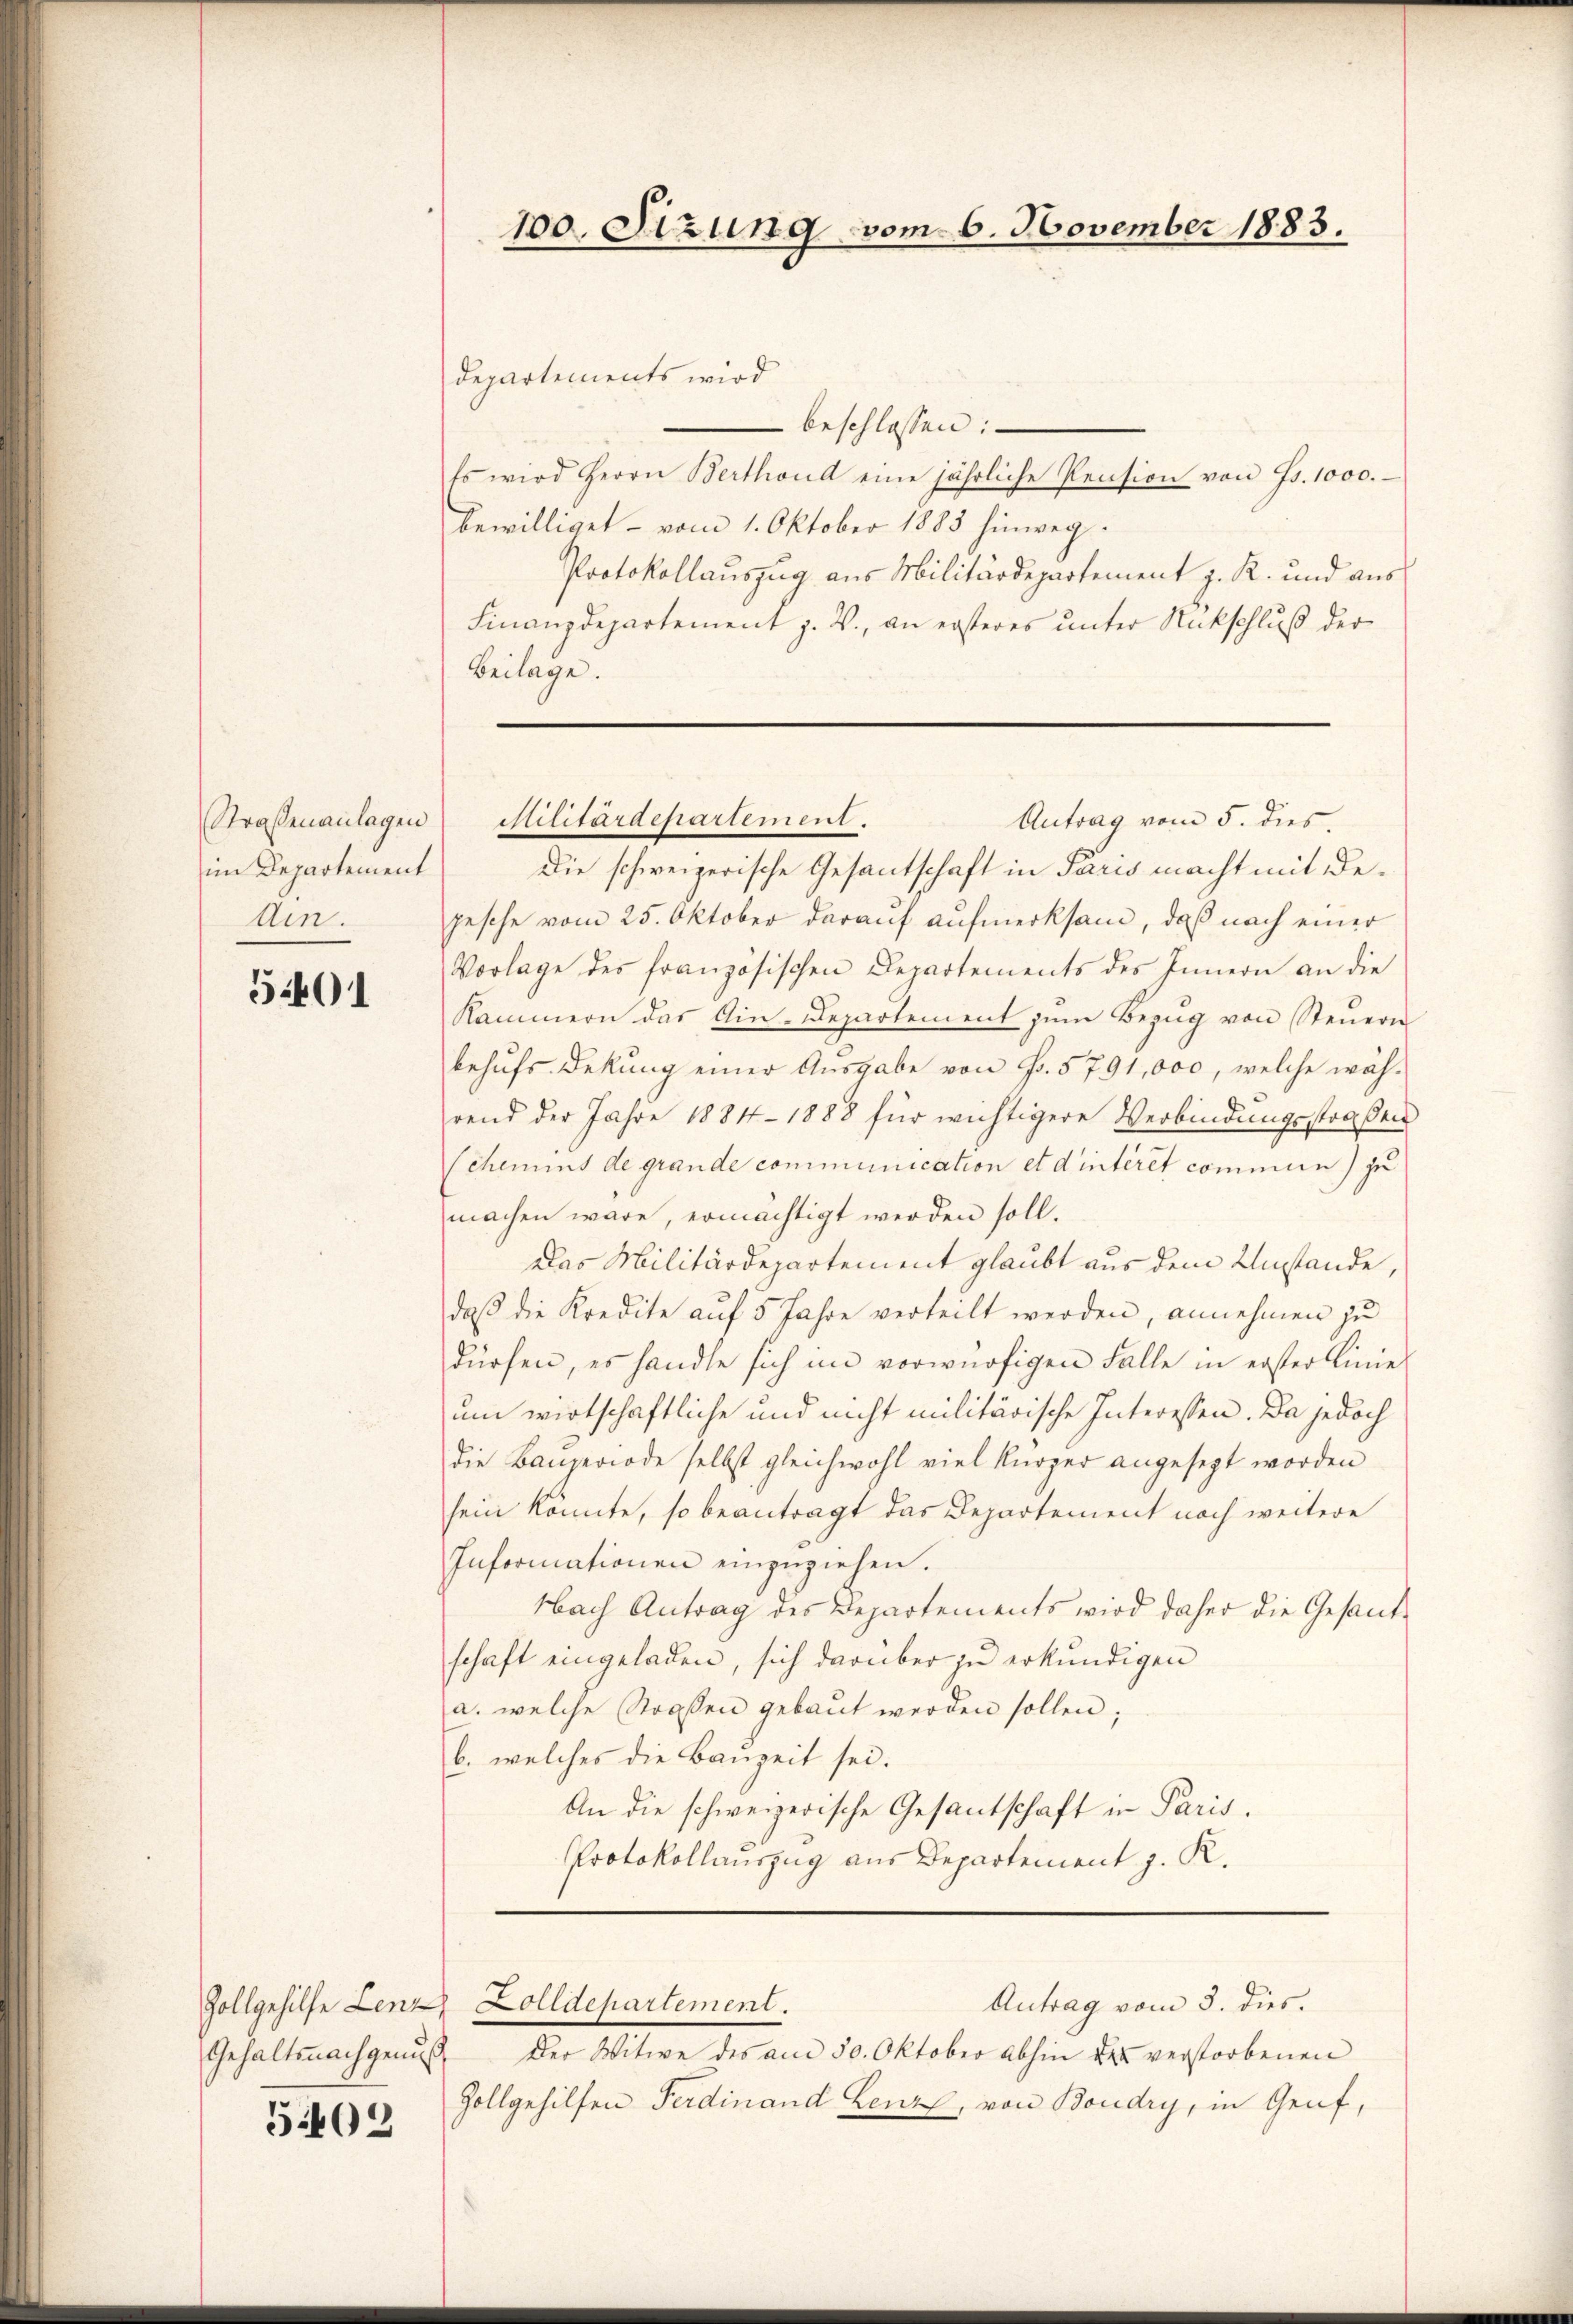
Straßenanlagen
im Departement
tin.

5401

Gehaltsnachgenuß

502

Departements wird
 beschlossen:
Es wird Herrn Berthond eine jährliche Pension von Fr. 1000.
bewilliget - vom 1. Oktober 1885 hinweg.
Protokollauszug aus Militärdepartement z. R. und aus
Finanzdepartement z. B., an ersteres unter Rückschluß der
Beilage.

Die schweizerische Gesantschaft in Paris macht mit dejesche vom 25. Oktober darauf aufmerksam, daß nach einer
Vorlage des französischen Departements des Innern an die
Kammern das Ain-Departement zŭm Bezŭg von Steŭern
behufs Dekung einer Ausgabe von Fr. 5791,000, welche wäh-
rend der Jahre 1884-1888 für wichtigere Verbindungsstraßen
Schemins de grande communication et d’intiret commen) zu
machen wäre, ermächtigt werden soll.
Das Militärdepartement glaubt aus dem Umstände,
daß die Kredite auf 5 Jahre verteilt werden, annehmen zu
dürfen, es handle sich im vorwürfigen Falle in erster Linie
um wirtschaftliche und nicht militärische Interessen. Da jedoch
die Bauperiode selbst gleichwohl viel kürzer angesezt worden
sein konnte, so beantragt das Departement noch weitere
Informationen einzuziehen.
Nach Antrag des Departements wird daher die Gesandschaft eingeladen, sich darüber zu erkundigen
a. welche Straßen gebaut werden sollen;
b. welches die Bauzeit sei.
An die schweizerische Gesantschaft in Paris.
Protokollauszug aus Departement z. R.

100. Sizung vom 6. November 1883.

Stilitärdepartement.
Antrag vom 5. dies

Antrag vom 3. dies.
Zollgehilfe Lenz Zolldepartement.

Der Witwe des am 30. Oktober abhin des verstorbenen
Zollgehilfen Ferdinand Lenz, von Boudry, in Genf,